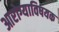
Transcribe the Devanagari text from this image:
आरोग्याविषयक